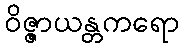
ဝိဇ္ဇာယန္တကရော